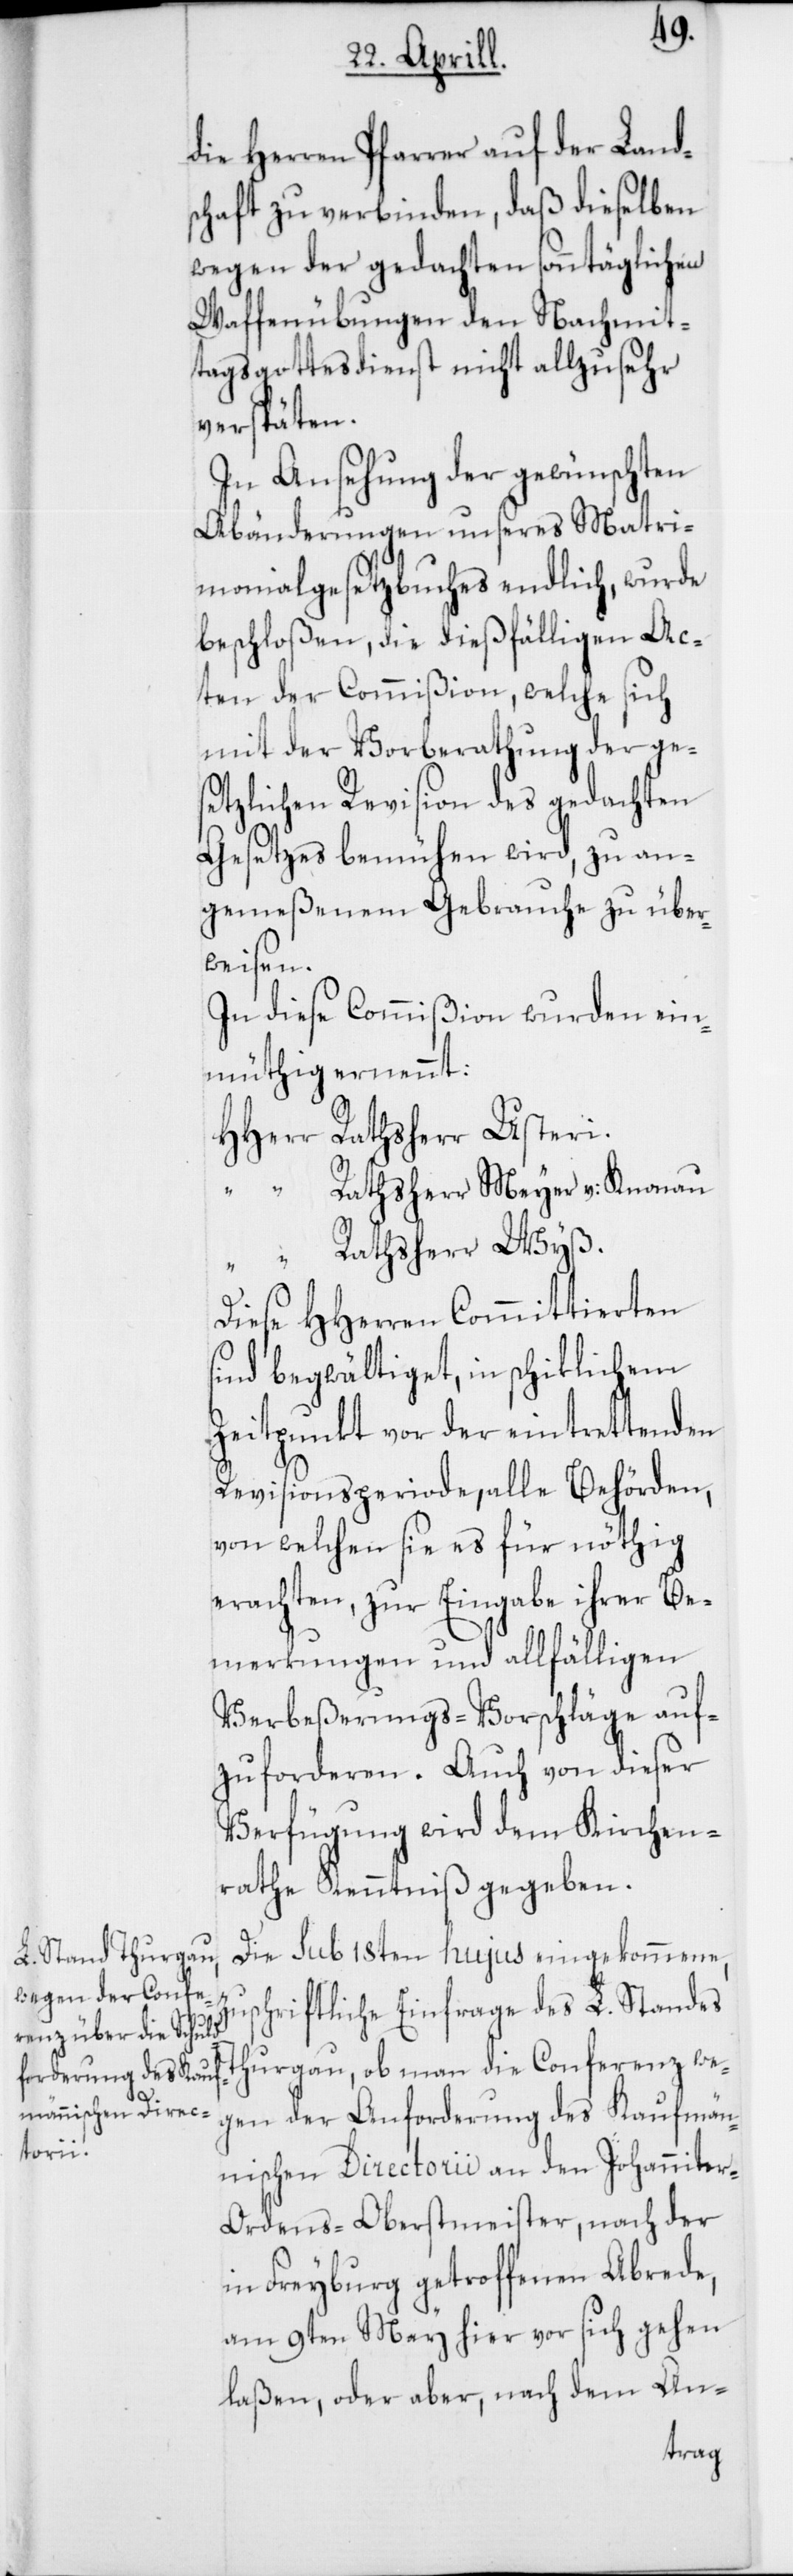
die Herren Pfarrer auf der Land¬
schaft zu verbinden, daß dieselben
wegen der gedachten sonntäglichen
Waffenübungen den Nachmit¬
tagsgottesdienst nicht allzusehr
verspäten.
In Ansehung der gewünschten
Abänderungen unseres Matri¬
monialgesetzbuches endlich, wurde
beschloßen, die dießfälligen Ac¬
ten der Commißion, welche sich
mit der Vorberathung der ge¬
setzlichen Revision des gedachten
Gesetzes bemühen wird, zu an¬
gemeßenem Gebrauche zu über¬
weisen.
In diese Commißion wurden ein¬
müthig ernennt:
HHerr Rathsherr Usteri.
“ Rathsherr Meyer v: Knonau
“ Rathsherr Wyß.
Diese HHerren Committierten
sind begwältiget, in schiklichem
Zeitpunkt vor der eintrettenden
Revisionsperiode, alle Behörden,
von welchen sie es für nöthig
erachten, zur Eingabe ihrer Be¬
merkungen und allfälligen
Verbeßerungs-Vorschläge auf¬
zuforderen. Auch von dieser
Verfügung wird dem Kirchen¬
rathe Kenntniß gegeben.
Die sub 18ten hujus eingekommene,
zuschriftliche Einfrage des L. Standes
Thurgau, ob man die Conferenz we¬
gen der Anforderung des Kaufmän¬
nischen Directorii an den Johannite¬
r-Ordens-Oberstmeister, nach der
in Freyburg getroffenen Abrede,
am 9ten May hier vor sich gehen
laßen, oder aber, nach dem An-